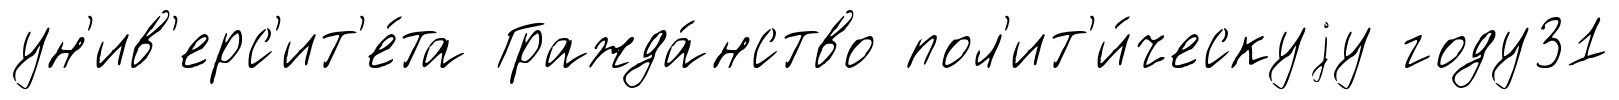
ун'ив'ерс'ит'е́та Гражда́нство пол'ит'и́ческуjу году31